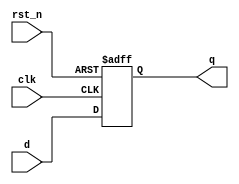

module dff(
input wire clk, rst_n, 
input wire d, 
output reg q 
);

always @(posedge clk or negedge rst_n)
if (!rst_n) q <= 0;
else q <= d;
 
endmodule 


// instance: 
// dff inst_name(.clk(),.rst_n(),.d(),.q());